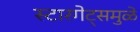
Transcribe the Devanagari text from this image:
स्टारगेट्समुळे